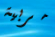
مربية